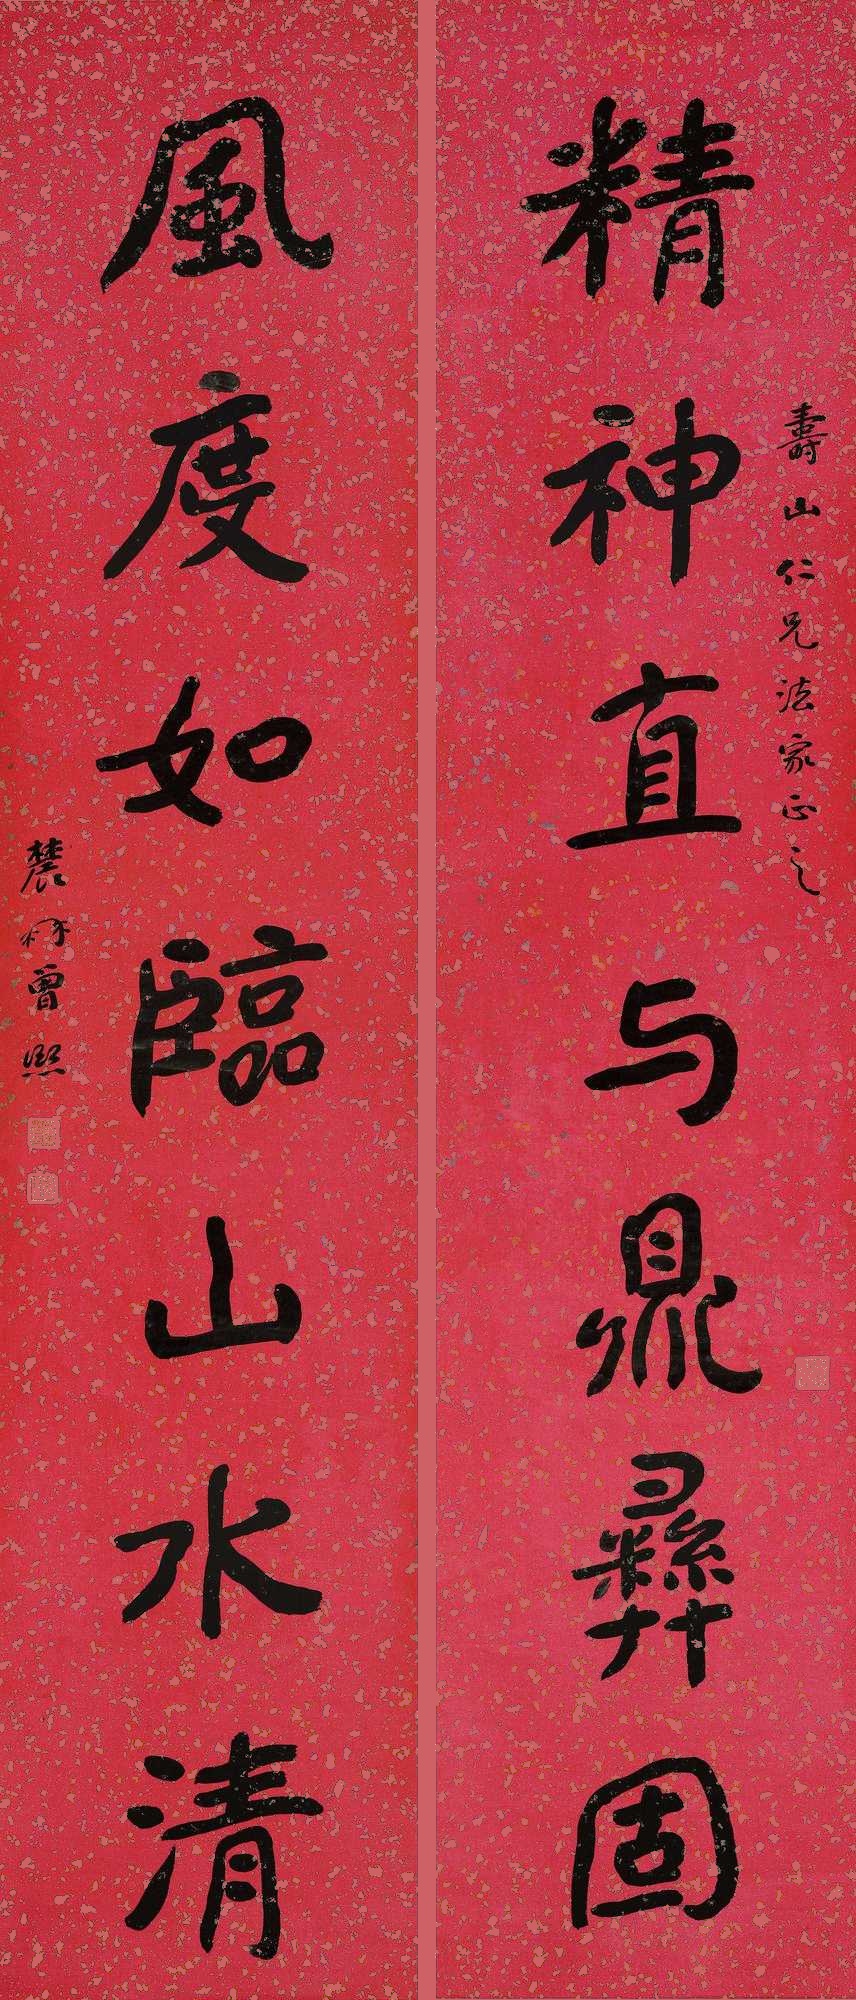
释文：精神直与鼎彝固，风度如临山水清寿山仁兄法家正之。农冉曾熙。